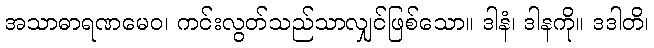
အသာဓာရဏမေဝ၊ ကင်းလွတ်သည်သာလျှင်ဖြစ်သော။ ဒါနံ၊ ဒါနကို။ ဒဒါတိ၊